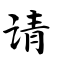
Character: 请